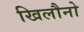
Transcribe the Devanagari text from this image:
खिलौनो